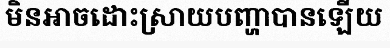
មិនអាចដោះស្រាយបញ្ហាបានឡើយ